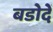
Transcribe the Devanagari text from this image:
बडोदें